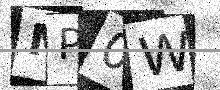
Text: MP0W